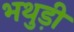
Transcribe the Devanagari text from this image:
भथुड़ी